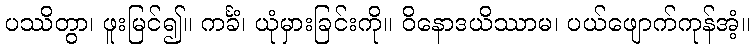
ပဿိတွာ၊ ဖူးမြင်၍။ ကင်္ခံ၊ ယုံမှားခြင်းကို။ ဝိနောဒယိဿာမ၊ ပယ်ဖျောက်ကုန်အံ့။